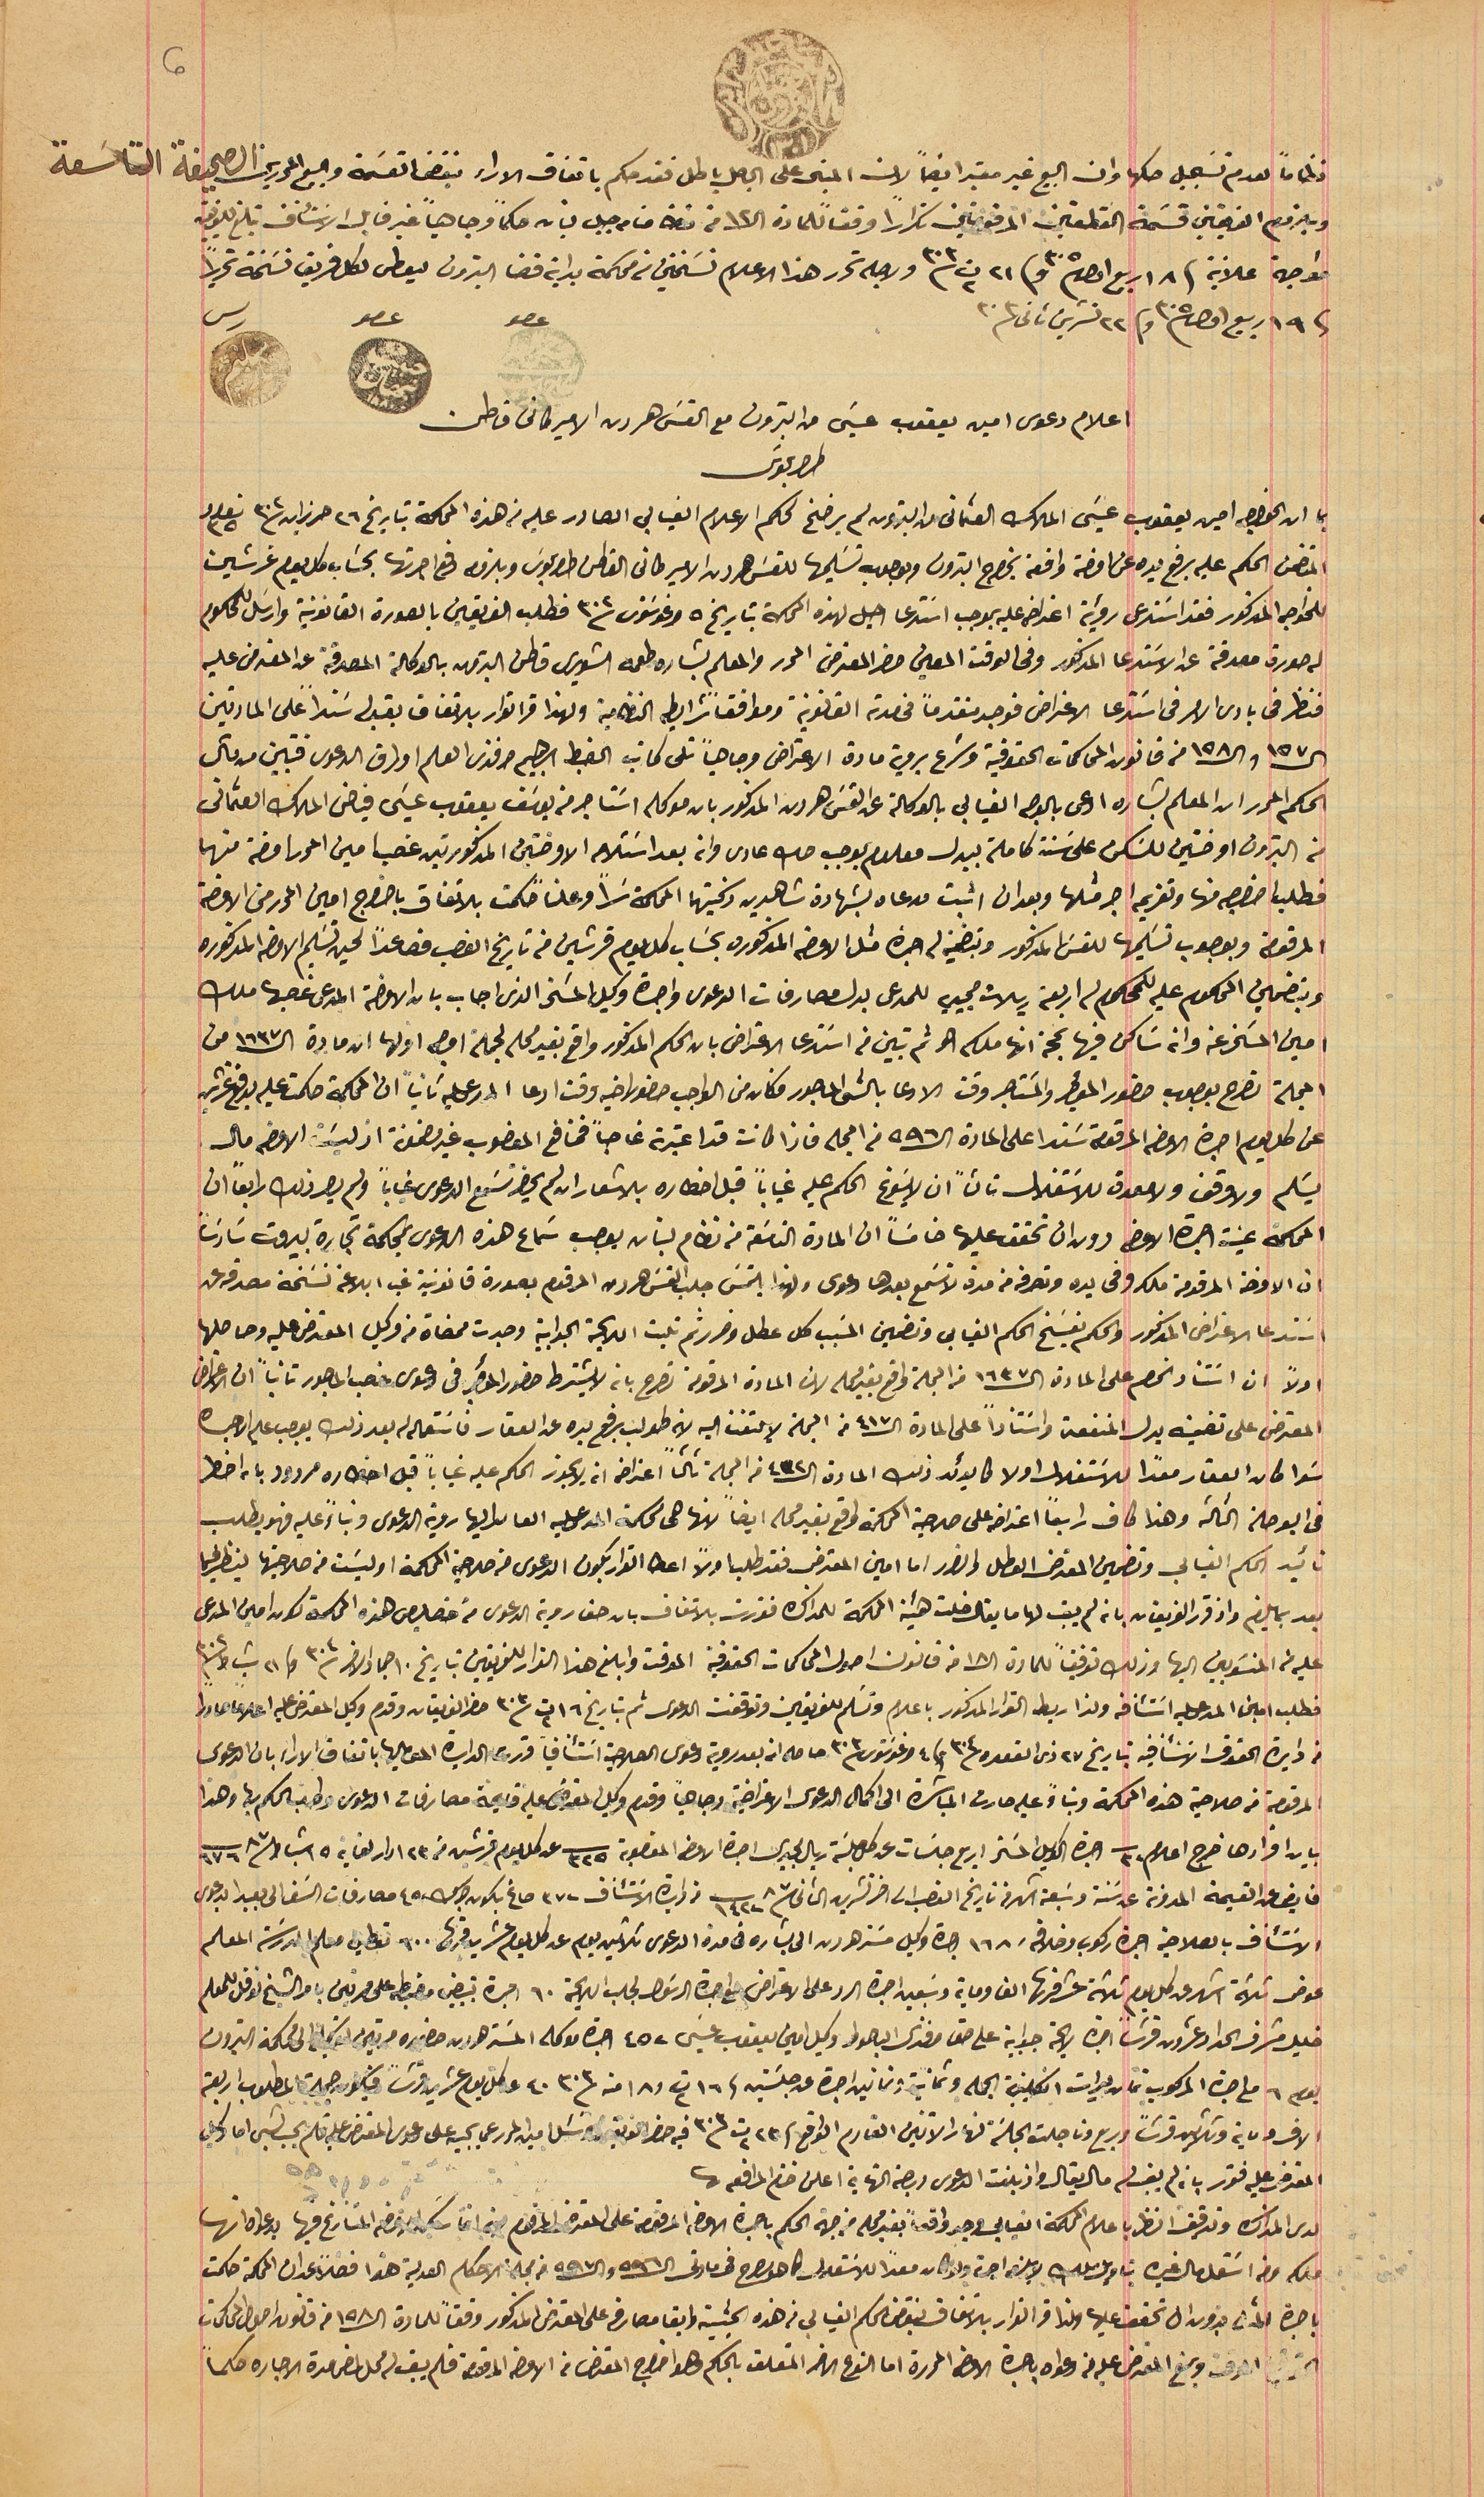
نظاماً لعدم تسَجيل صكها وان البيع غير معتبر ايضاً لان المبنى على الباطل باطل فقد حكم باتفاق الاراء بنقض القسَمة والبيع المحررين الصحيفة التاسَعة
 وبلزوم الفريقين قسَمة القطعتين المرقومتين تكراراً وفق للمادة ال١٢من نظامنامه جبل لبنان حكماً وجاهياً غير قابل الاستئناف تبلغ للفريقين
 مواجهة علانية فى ١٨ ربيع اول ٣٠٥ وفى ٢١ ت٢ ٣٠٣ ولاجله تحرر هذا الاعلام نسَختين من محكمة بداية قضا البترون ليعطى لكل فريق نسَخة تحريراً
فى ١٩ ربيع اول ٣٠٥ وفى ٢٢ تشرين ثانى ٣٠٣                                                                             عصو                    عصو                    رىس
اعلام دعوى امين يعقوب عيسَى من البترون مع القس هرون الاميركانى قاطن
طرابلوس
بما ان الخواجه امين يعقوب عيسَى الملاك العثمانى من البترون لم يرضخ لحكم الاعلام الغيابي الصادر عليه من هذه المحكمة بتاريخ ٢٦ حزيزان ٣٠٢ نومرو ٣٥
المتضمن الحكم عليه برفع يده عن اوضة واقعة بخراج البترون وبوجوب تسَليمها للقسَ هرون الاميركانى القاطن طرابلوس وبلزمه دفع اجرتها بحسَاب كل يوم غرشين
للخواجه المذكور فقد استدعى رؤية اعتراض عليه بموجب اسَتدعا احيل لهذه المحكمة بتاريخ ٥ اغوسَتوس ٣٠٢ فطلب الفريقين بالصورة القانونية وارسَل للمحكوم
له صورة مصدقة عن الاسَتدعا المذكور وفى الوقت المعين حضر المعترض المحرر والمعلم بشاره طعمه الشويرى قاطن البترون بالوكالة المصدقة عن المعترض عليه
فنظر فى بادئ الامر فى استدعا الاعتراض فوجد متقدماً فى مدته القانونية وموافقًا شرايط النظامية ولهذا قر القرار بالاتفاق بقبوله سَنداً على المادتين
ال١٥٧ وال١٥٨ من قانون المحاكمات الحقوقية وشرع بروية مادة الاعتراض وجاهياً تلى كاتب الضبط ابرهيم افندى العلم اورق الدعوى فتبين من قبل
الحكم المحرر ان المعلم بشاره ادعى بالوجه الغيابي بالوكالة عن القسَ هرون المذكور بان موكله اسَتاجر من يوسَف يعقوب عيسَى فياض الملاك العثمانى
من البترون اوضتين للسَكن على سَنة كاملة ببدل معلوم بوجب صك عادى وانه بعد اسَتلامه الاوضتين المذكورتين غصب امين المحرر اوضه منهما
فطلب اخراجه منها وتغريمه اجر مثلها وبعد ان اثبت مدعاه بشهادة شاهدين زكيتهما المحاكمة سَراً وعلنًا حكمت بالاتفاق باخراج امين المحرر من الاوضة
المرقومة وبوجوب تسَليمها للقسَ المذكور وبتضمين له اجرة مثل الاوضه المذكوره بحسَاب كل يوم قرشين من تاريخ الغصب فصاعداً لحين تسَليم الاوضة المذكوره
 وبتضمين المحكوم عليه للمحكوم له اربعة ريالات مجيديه للمدعى بدل مصارفات الدعوى واجرة وكيل المسَخر الذى اجاب بان الاوضة المدعى غصبها ملك
امين المسَخر وانه سَاكن فيها بحجة انها ملكه هو ثم تبين من اسَتدعا الاعتراض بان الحكم المذكور واقع بغير محله لجملة اوجه اولها ان مادة الـ ١٦٣٧ من
المجلة تصرح بوجوب حضور المؤجر والمسَتاجر وقت الادعا بالشى الماجور فكان من الواجب حضور اخيه وقت ادعا المدعى عليه ثانياً ان المحكمة حكمت عليه يدفع غرشين
عن كل يوم اجرة الاوضه المرقومة سَندا على المادة الـ٥٩٦ من المجله فاذا كانت قد اعتبرته غاصباً فمنافع المغصوب غير مضمونة اذ ليسَت الاوضه مال
يسَلم ولاوقف ولا معدة للاسَتغلال ثالثاً ان لا يسَوغ الحكم عليه غياباً قبل اخطاره بالاشعار الن لم يحضر تسَمع الدعوى غياباً ولم يصر ذلك رابعاً ان
 المحكمة عينت اجرة الاوضه دون ان تحقق عليها خامسَاً ان المادة التاسَعة من نظام لبنان يوجب سَماع هذه الدعوى بمحكمة تجارة بيروت سَادسَاً
ان الاوضه المرقومة ملكه وفى يده وتصرفه من مدة لا تسَمع بعدها دعوى ولهذا يلتمسَ جلب القسَ هرون المرقوم بصورة قانونية غب ابلاغه نسَخة مصدقه عن
استدعا الاعتراض المذكور والحكم بفسَخ الحكم الغيابي وتضمين المسَبب كل عطل وضرر ثم تليت اللايحة الجوابية وجدت ممضاة من وكيل المعترض عليه وحاصلها
المعترض على تضمينه بدل المنفعة واسَتناداً على المادة الـ٤١٧ من المجلة لا تلتفت اليه لانه طولب برفع يده عن العقار فاسَتعماله له بعد ذلك يوجب علم الاجره
سَوا كان العقار معدًا للاسَتغلال اولا كما يوئد ذلك المادة الـ٤٣٢ من المجلة ثالثاً اعتراضه انه لا يجوز الحكم عليه غياباً قبل احضاره مردود بانه اخطر
 فى البوصلة الثالثة وهذا كاف رابعاً اعتراضه على صلاحية المحكمة واقع بغير محله ايضاً لانها هى محكمة المدعى عليه العاىد اليها روية الدعوى وبناءً عليه فهو يطلب
 تائيد الحكم الغيابي وتضمين المعترض العطل والضرر اما امين المعترض فقد طلب اولاً اعطا القرار بكون الدعوى من صلاحية المحكمة او ليسَت من صلاحيتها ينظر فيها
بعد بما يلزم واذ قرر الفريقان بانه لم يفِ لها ما يقال خلت هيئة المحكمة للمذاكره فقررت بالاتفاق بان حق روية الدعوى من خصيص هذه المحكمة لكون امين المدعى
عليه من المنسَوبين اليها وذلك توفيقاً للمادة ال ١٨ من قانون اصول المحاكمات الحقوقية الموقت وابلغ هذا القرار للفريقين بتاريخ ١٠ جماد الاخر ٣٠٤ وفى ٢١ شباط ٣٠٢
فطلب امين المدعى عليه استئنافه ولذا ربط القرار المذكور باعلام وتسَلم للفريقين وتوقفت الدعوى ثم بتاريخ ١٦ ت٢ ٣٠٣ حضر الفريقان وقدم وكيل المعترض عليه اعلاما صادراً
من دايرة الحقوق الاسَتئنافيه بتاريخ ٢٧ ذى القعده ٣٠٤ وفى ٤ اغوسَتوسَ ٣٠٣ حاصله انه بعد روية دعوى الصلاحية اسَتئنافاً قررت الدايره الموماليها باتفاق الاراء بان الدعوى
المرقومة من صلاحية هذه المحكمة وبناءً عليه صارت المباشرة الى اكمال الدعوى الاعتراضية وجاهياً وقدم وكيل المعترض عليه قيمة مصارفات الدعوى وطلب الحكم بها وهذا
بيان اقرارها خرج اعلام ٣٢ اجرة الوكيل المسَخر اربع جلسَات عن كل جلسَة ريال مجيدى اجرة الاوضه المغصوبة ٣٢٥ عن كل يوم قرشين من ٢٣ ادار لغاية ١٥ شباط ٨٧ ٦٧٦
 فايض عن القيمة المدونة عن سَنة وسَبعة اشهر من تاريخ الغصب اخر تشرين الثانى سنة ٨٧ ١٤٢٢ من قراية الاستئناف ٣٧٢ صاغ بكون جزاه ٤٥٠ مصارفات السَفر الى بعبدا بدعوى
الاسَتئناف بالصلاحية اجرة ركوب وخلافه ١٦٨ اجرة وكيل مسَتر هرون الى بشاره في مدة الدعوى ثلاثين يوم عن كل يوم عشرين قرش ٦٠٠ تعطي معلم المدرسَة المعلم
عوض ثلاثة اشهر عن كل يوم ثلاثة عشر قرشاً الف وماية وسَبعين اجرة الرد على الاعتراض مع اجرة الرسَول لجلب اللابحة ٦٠ اجرة تبييض مضبطه على مرتين بامر الشيخ نوفل المعلم

خليل مشرف الحداد عشرون قرشاً اجرة لايحة جوابية على حق افندى الباحوط وكيل امين يعقوب عيسَى ٤٥٢ اجرة موكله المستر هرون حضوره مرتين الى محكمة البترون
يوم ٦ مع اجرة المركوب ثمان ليرات انكليزية الجمله وثمانية وثمانين اجرة عن جلسَتين فى ١٦ ت٢ و١٨ منه ٣٠٣ ٤٠ عن كل يوم عشرين قرشاً فيكون جملة المطلوب اربعة
الاف وماية وثلاثين قرشاً وربع وتاجلت الجلسَة لنهار الاثنين القادم الواقع  فى ٢٢ ت٢ ٣٠٣ فيه حضر الفريقين وسئل امين  المحرر عما يجيبه على دعوى المعترض عليه فلم يجيب بشى اما وكيل
المعترض عليه فقرر بانه لم يفِ له مال يقال واذ بلغت الدعوى درجة النهاية اعلن ختم المرافعة
لدى المذاكرة وتدقيق النظر باعلام المحكمة الغيابي وجد واقعاً بغير محله من جهة الحكم باجرة الاوضه المرقومة على المعترض المرقوم الاوضه المتنازع فيها بدعواه انها

ملك ومن اسَتغل مال غيره بتاويل ملك لا يلزمه اجرة ولو كان معداً للاسَتغلال كما هو مصرح فى مادتى ال٥٩٦ وال ٥٩٧ من مجلة الاحكام العدلية هذا فصلاً عد ان المحكمة حكمت
باجرة المسَخر  بدون ان تحقق عليها ولذا قر القرار بالاتفاق بنقض الحكم الغيابي في هذه الحيثية وابقا مصارفه على المعترض المذكور وفقاً للمادة ال١٥٨ من قانون اصول المحاكمات
الحقوقية الموقت ومنع المعترض عليه من دعواه باجرة الاوضه المحررة اما النوع الاخر المتعلق بالحكم وهو اخراج المعترض من الاوضه المرقومة فلم يبق له محل لمضى مدة الاجاره حكماً"
6
اولاً ان اسَتناد الخصم على المادة ال١٦٣٧ من المجلة واقع بغير محله لان المادة المرقومة تصرح بان لا يشترط حضور المؤجر في دعوى غصب الماجور ثانياً ان الاعتراض